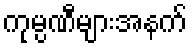
ကုမ္ပဏီများအနက်